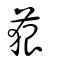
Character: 𦴭